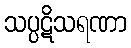
သပ္ပဋိသရဏာ